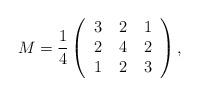
LaTeX: \begin{align*}M =\frac{1}{4}\left(\begin{tabular}{ccc}3 & 2 & 1 \\2 & 4 & 2 \\1 & 2 & 3\end{tabular}\right),\end{align*}